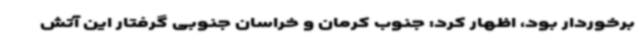
برخوردار بود، اظهار کرد: جنوب کرمان و خراسان جنوبی گرفتار این آتش